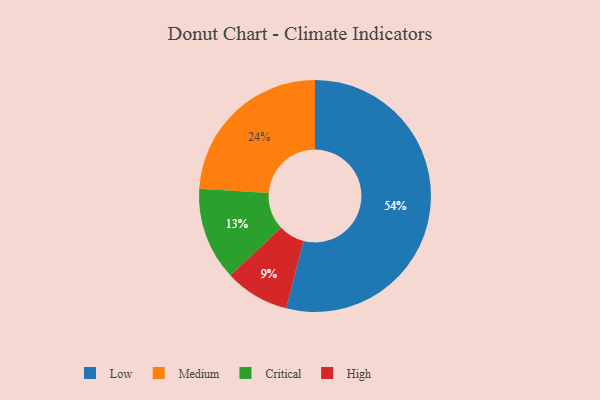
{"axis": {"x": "Category", "y": "Percentage"}, "legend": ["Critical", "High", "Low", "Medium"], "data": [{"x": "Critical", "y": 13, "type": "Critical"}, {"x": "Medium", "y": 24, "type": "Medium"}, {"x": "High", "y": 9, "type": "High"}, {"x": "Low", "y": 54, "type": "Low"}]}